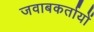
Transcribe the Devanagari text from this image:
जवाबकर्तायों